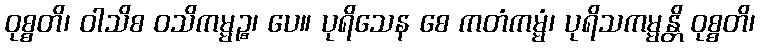
ဝုစ္စတိ၊ ဝါသိစ ဝသိကမ္မဉ္စ၊ ပေ။ ပုရိသေန စေ ကတံကမ္မံ၊ ပုရိသကမ္မန္တိ ဝုစ္စတိ၊